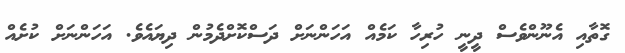
ގޮތާއި އެނޫންވެސް ދީނީ ހުރިހާ ކަމެއް އަހަންނަށް ދަސްކޮށްދެމުން ދިޔައެވެ. އަހަންނަށް ކުށެއް